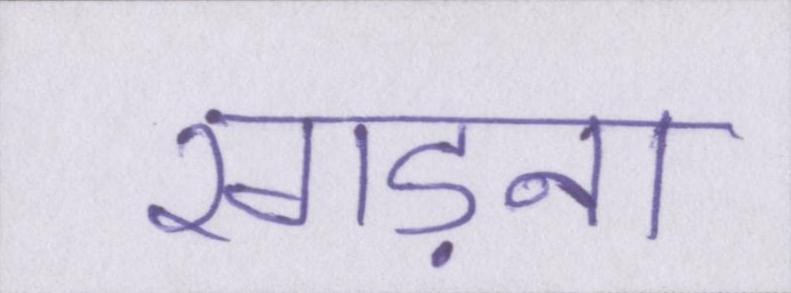
रगड़ना